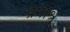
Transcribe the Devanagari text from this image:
प्रेमाश्रु